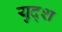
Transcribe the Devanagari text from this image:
युद्श